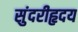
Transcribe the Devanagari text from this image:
सुंदरीहृदय